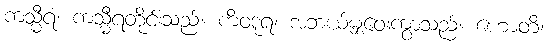
ကသ္မီရံ၊ ကသ္မီရတိုင်းသည်။ ကိံဝဒူရံ၊ အဘယ်မျှဝေးကွာသည်။ ဟောတိ၊